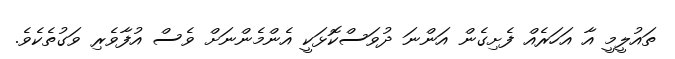
ތައުލީމީ އާ އަހަރެއް ފެށިގެން އަންނަ ދުވަސްކޮޅަކީ އެންމެންނަށް ވެސް އުފާވެރި ވަގުތެކެވެ.